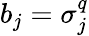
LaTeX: b_{j}=\sigma_{j}^{q}